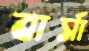
বার্সা